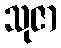
သုဇာ